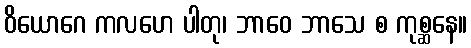
ဝိယောဂေ ကလဟေ ပါတု၊ ဘာဝေ ဘာသေ စ ကုစ္ဆနေ။